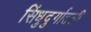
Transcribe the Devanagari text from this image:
सिंधुदुर्गातली